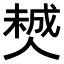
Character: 𠎶